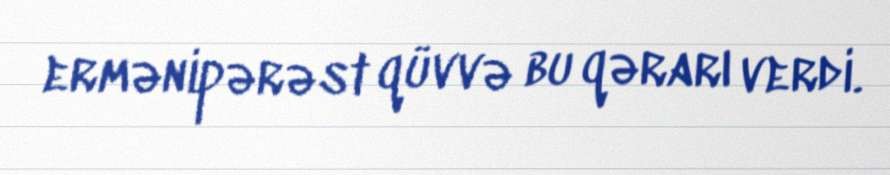
ermənipərəst qüvvə bu qərarı verdi.